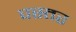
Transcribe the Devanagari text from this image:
पस्तर